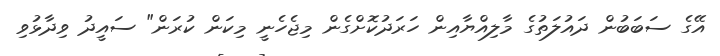
އޭގެ ސަބަބުން ދައުލަތުގެ މާލިއްޔާއިން ހަރަދުކޮށްގެން މިޖެހެނީ މިކަން ކުރަން" ސައީދު ވިދާޅުވި